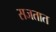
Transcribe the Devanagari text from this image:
सजतात